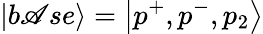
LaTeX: \left|b\mathscr{A}se\right\rangle=\left|p^{+},p^{-},p_{2}\right\rangle